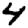
Digit: 4